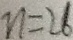
n = 2 6